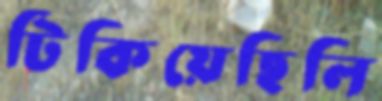
টিকিয়েছিলি